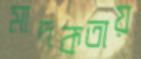
মাদকতায়